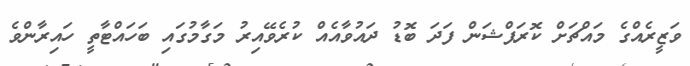
ވަޒީރެއްގެ މައްޗަށް ކޮރަޕްޝަން ފަދަ ބޮޑު ދައުވާއެއް ކުރެވޭއިރު މަގާމުގައި ބަހައްޓާތީ ހައިރާންވެ